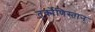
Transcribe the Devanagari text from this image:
तुर्क्मेणिस्तान